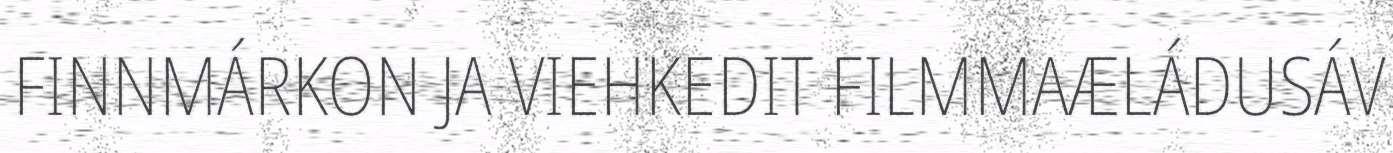
FINNMÁRKON JA VIEHKEDIT FILMMAÆLÁDUSÁV